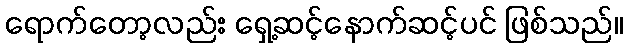
ရောက်တော့လည်း ရှေ့ဆင့်နောက်ဆင့်ပင် ဖြစ်သည်။